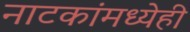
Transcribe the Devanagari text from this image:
नाटकांमध्येही